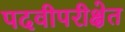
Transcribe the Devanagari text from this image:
पदवीपरीक्षेत